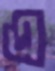
এ